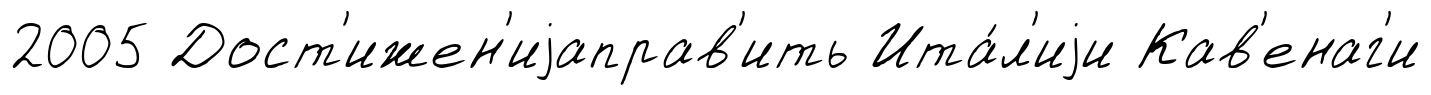
2005 Дост'ижен'иjаправ'ить Ита́л'иjи Кав'енаг'и